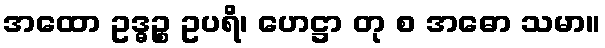
အထော ဥဒ္ဓဉ္စ ဥပရိ၊ ဟေဋ္ဌာ တု စ အဓော သမာ။